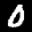
Label: 0